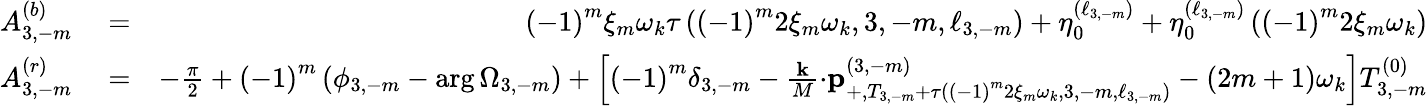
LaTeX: \begin{array}{rlr}{A_{3,-m}^{\left(b\right)}}&{{}=}&{\left(-1\right)^{m}\xi_{m}\omega_{k}\tau\left(\left(-1\right)^{m}2\xi_{m}\omega_{k},3,-m,\ell_{3,-m}\right)+\eta_{0}^{\left(\ell_{3,-m}\right)}+\eta_{0}^{\left(\ell_{3,-m}\right)}\left(\left(-1\right)^{m}2\xi_{m}\omega_{k}\right)}\\ {A_{3,-m}^{\left(r\right)}}&{{}=}&{-\frac{\pi}{2}+\left(-1\right)^{m}\left(\phi_{3,-m}-\arg\Omega_{3,-m}\right)+\left[\left(-1\right)^{m}\delta_{3,-m}-\frac{\mathbf{k}}{M}\mathbf{\cdot p}_{+,T_{3,-m}+\tau\left(\left(-1\right)^{m}2\xi_{m}\omega_{k},3,-m,\ell_{3,-m}\right)}^{\left(3,-m\right)}-\left(2m+1\right)\omega_{k}\right]T_{3,-m}^{\left(0\right)}}\end{array}